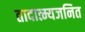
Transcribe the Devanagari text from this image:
तादात्म्यजनित